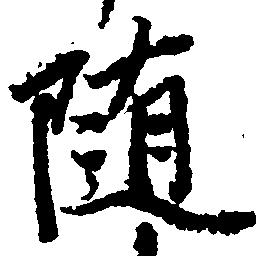
随